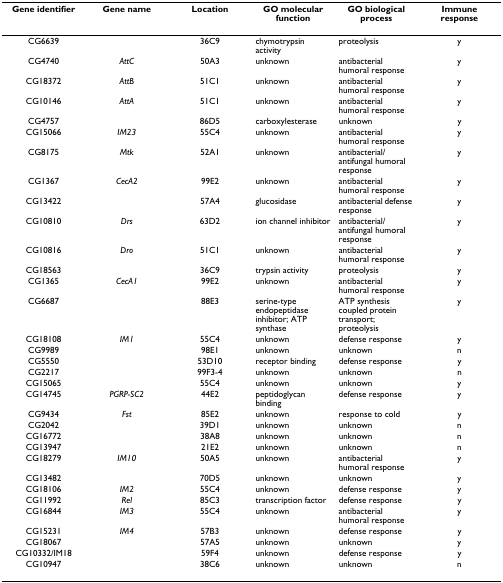
<table><thead><tr><td><b>Gene identifier</b></td><td><b>Gene name</b></td><td><b>Location</b></td><td><b>GO molecular function</b></td><td><b>GO biological process</b></td><td><b>Immune response</b></td></tr></thead><tbody><tr><td>CG6639</td><td></td><td>36C9</td><td>chymotrypsin activity</td><td>proteolysis</td><td>y</td></tr><tr><td>CG4740</td><td><i>AttC</i></td><td>50A3</td><td>unknown</td><td>antibacterial humoral response</td><td>y</td></tr><tr><td>CG18372</td><td><i>AttB</i></td><td>51C1</td><td>unknown</td><td>antibacterial humoral response</td><td>y</td></tr><tr><td>CG10146</td><td><i>AttA</i></td><td>51C1</td><td>unknown</td><td>antibacterial humoral response</td><td>y</td></tr><tr><td>CG4757</td><td></td><td>86D5</td><td>carboxylesterase</td><td>unknown</td><td>y</td></tr><tr><td>CG15066</td><td><i>IM23</i></td><td>55C4</td><td>unknown</td><td>antibacterial humoral response</td><td>y</td></tr><tr><td>CG8175</td><td><i>Mtk</i></td><td>52A1</td><td>unknown</td><td>antibacterial/antifungal humoral response</td><td>y</td></tr><tr><td>CG1367</td><td><i>CecA2</i></td><td>99E2</td><td>unknown</td><td>antibacterial humoral response</td><td>y</td></tr><tr><td>CG13422</td><td></td><td>57A4</td><td>glucosidase</td><td>antibacterial defense response</td><td>y</td></tr><tr><td>CG10810</td><td><i>Drs</i></td><td>63D2</td><td>ion channel inhibitor</td><td>antibacterial/antifungal humoral response</td><td>y</td></tr><tr><td>CG10816</td><td><i>Dro</i></td><td>51C1</td><td>unknown</td><td>antibacterial humoral response</td><td>y</td></tr><tr><td>CG18563</td><td></td><td>36C9</td><td>trypsin activity</td><td>proteolysis</td><td>y</td></tr><tr><td>CG1365</td><td><i>CecA1</i></td><td>99E2</td><td>unknown</td><td>antibacterial humoral response</td><td>y</td></tr><tr><td>CG6687</td><td></td><td>88E3</td><td>serine-type endopeptidase inhibitor; ATP synthase</td><td>ATP synthesis coupled protein transport; proteolysis</td><td>y</td></tr><tr><td>CG18108</td><td><i>IM1</i></td><td>55C4</td><td>unknown</td><td>defense response</td><td>y</td></tr><tr><td>CG9989</td><td></td><td>98E1</td><td>unknown</td><td>unknown</td><td>n</td></tr><tr><td>CG5550</td><td></td><td>53D10</td><td>receptor binding</td><td>defense response</td><td>y</td></tr><tr><td>CG2217</td><td></td><td>99F3-4</td><td>unknown</td><td>unknown</td><td>n</td></tr><tr><td>CG15065</td><td></td><td>55C4</td><td>unknown</td><td>unknown</td><td>y</td></tr><tr><td>CG14745</td><td><i>PGRP-SC2</i></td><td>44E2</td><td>peptidoglycan binding</td><td>defense response</td><td>y</td></tr><tr><td>CG9434</td><td><i>Fst</i></td><td>85E2</td><td>unknown</td><td>response to cold</td><td>y</td></tr><tr><td>CG2042</td><td></td><td>39D1</td><td>unknown</td><td>unknown</td><td>n</td></tr><tr><td>CG16772</td><td></td><td>38A8</td><td>unknown</td><td>unknown</td><td>n</td></tr><tr><td>CG13947</td><td></td><td>21E2</td><td>unknown</td><td>unknown</td><td>n</td></tr><tr><td>CG18279</td><td><i>IM10</i></td><td>50A5</td><td>unknown</td><td>antibacterial humoral response</td><td>y</td></tr><tr><td>CG13482</td><td></td><td>70D5</td><td>unknown</td><td>unknown</td><td>y</td></tr><tr><td>CG18106</td><td><i>IM2</i></td><td>55C4</td><td>unknown</td><td>defense response</td><td>y</td></tr><tr><td>CG11992</td><td><i>Rel</i></td><td>85C3</td><td>transcription factor</td><td>defense response</td><td>y</td></tr><tr><td>CG16844</td><td><i>IM3</i></td><td>55C4</td><td>unknown</td><td>antibacterial humoral response</td><td>y</td></tr><tr><td>CG15231</td><td><i>IM4</i></td><td>57B3</td><td>unknown</td><td>defense response</td><td>y</td></tr><tr><td>CG18067</td><td></td><td>57A5</td><td>unknown</td><td>unknown</td><td>y</td></tr><tr><td>CG10332/IM18</td><td></td><td>59F4</td><td>unknown</td><td>defense response</td><td>y</td></tr><tr><td>CG10947</td><td></td><td>38C6</td><td>unknown</td><td>unknown</td><td>n</td></tr></tbody></table>